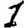
Digit: 1